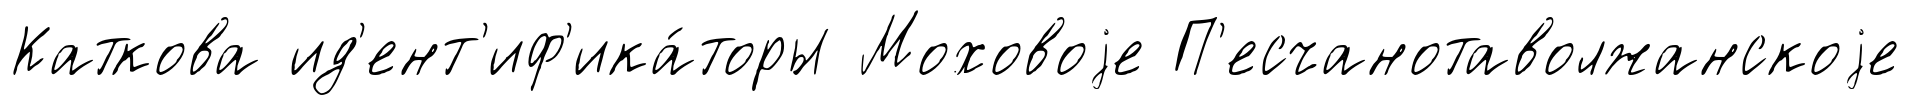
Каткова ид'ент'иф'ика́торы Моховоjе П'есчанотаволжанскоjе